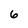
Character: 6